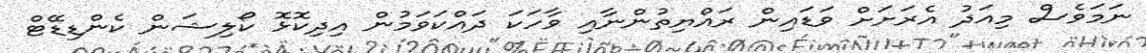
ނަމަވެސް މިއަދު އެރަށަށް ވަޑައިން ރައްޔިތުންނާއި ވާހަކަ ދައްކަވަމުން އިދިކޮޅޮ ކޯލިޝަން ކެންޑިޑޭޓް